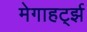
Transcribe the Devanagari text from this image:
मेगाहर्ट्झ